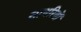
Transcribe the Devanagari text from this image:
साथरियों